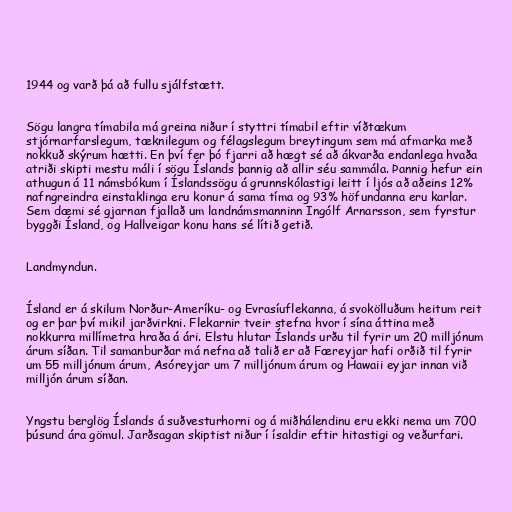
1944 og varð þá að fullu sjálfstætt.

Sögu langra tímabila má greina niður í styttri tímabil eftir víðtækum
stjórnarfarslegum, tæknilegum og félagslegum breytingum sem má afmarka með
nokkuð skýrum hætti. En því fer þó fjarri að hægt sé að ákvarða endanlega hvaða
atriði skipti mestu máli í sögu Íslands þannig að allir séu sammála. Þannig hefur ein
athugun á 11 námsbókum í Íslandssögu á grunnskólastigi leitt í ljós að aðeins 12%
nafngreindra einstaklinga eru konur á sama tíma og 93% höfundanna eru karlar.
Sem dæmi sé gjarnan fjallað um landnámsmanninn Ingólf Arnarsson, sem fyrstur
byggði Ísland, og Hallveigar konu hans sé lítið getið.

Landmyndun.

Ísland er á skilum Norður-Ameríku- og Evrasíuflekanna, á svokölluðum heitum reit
og er þar því mikil jarðvirkni. Flekarnir tveir stefna hvor í sína áttina með
nokkurra millímetra hraða á ári. Elstu hlutar Íslands urðu til fyrir um 20 milljónum
árum síðan. Til samanburðar má nefna að talið er að Færeyjar hafi orðið til fyrir
um 55 milljónum árum, Asóreyjar um 7 milljónum árum og Hawaii eyjar innan við
milljón árum síðan.

Yngstu berglög Íslands á suðvesturhorni og á miðhálendinu eru ekki nema um 700
þúsund ára gömul. Jarðsagan skiptist niður í ísaldir eftir hitastigi og veðurfari.